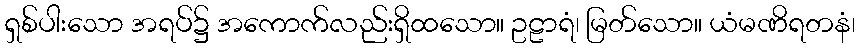
ရှစ်ပါးသော အရပ်၌ အကောက်လည်းရှိထသော။ ဥဠာရံ၊ မြတ်သော။ ယံမဏိရတနံ၊